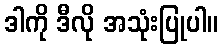
ဒါကို ဒီလို အသုံးပြုပါ။